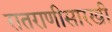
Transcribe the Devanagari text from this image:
रातराणीसारखी